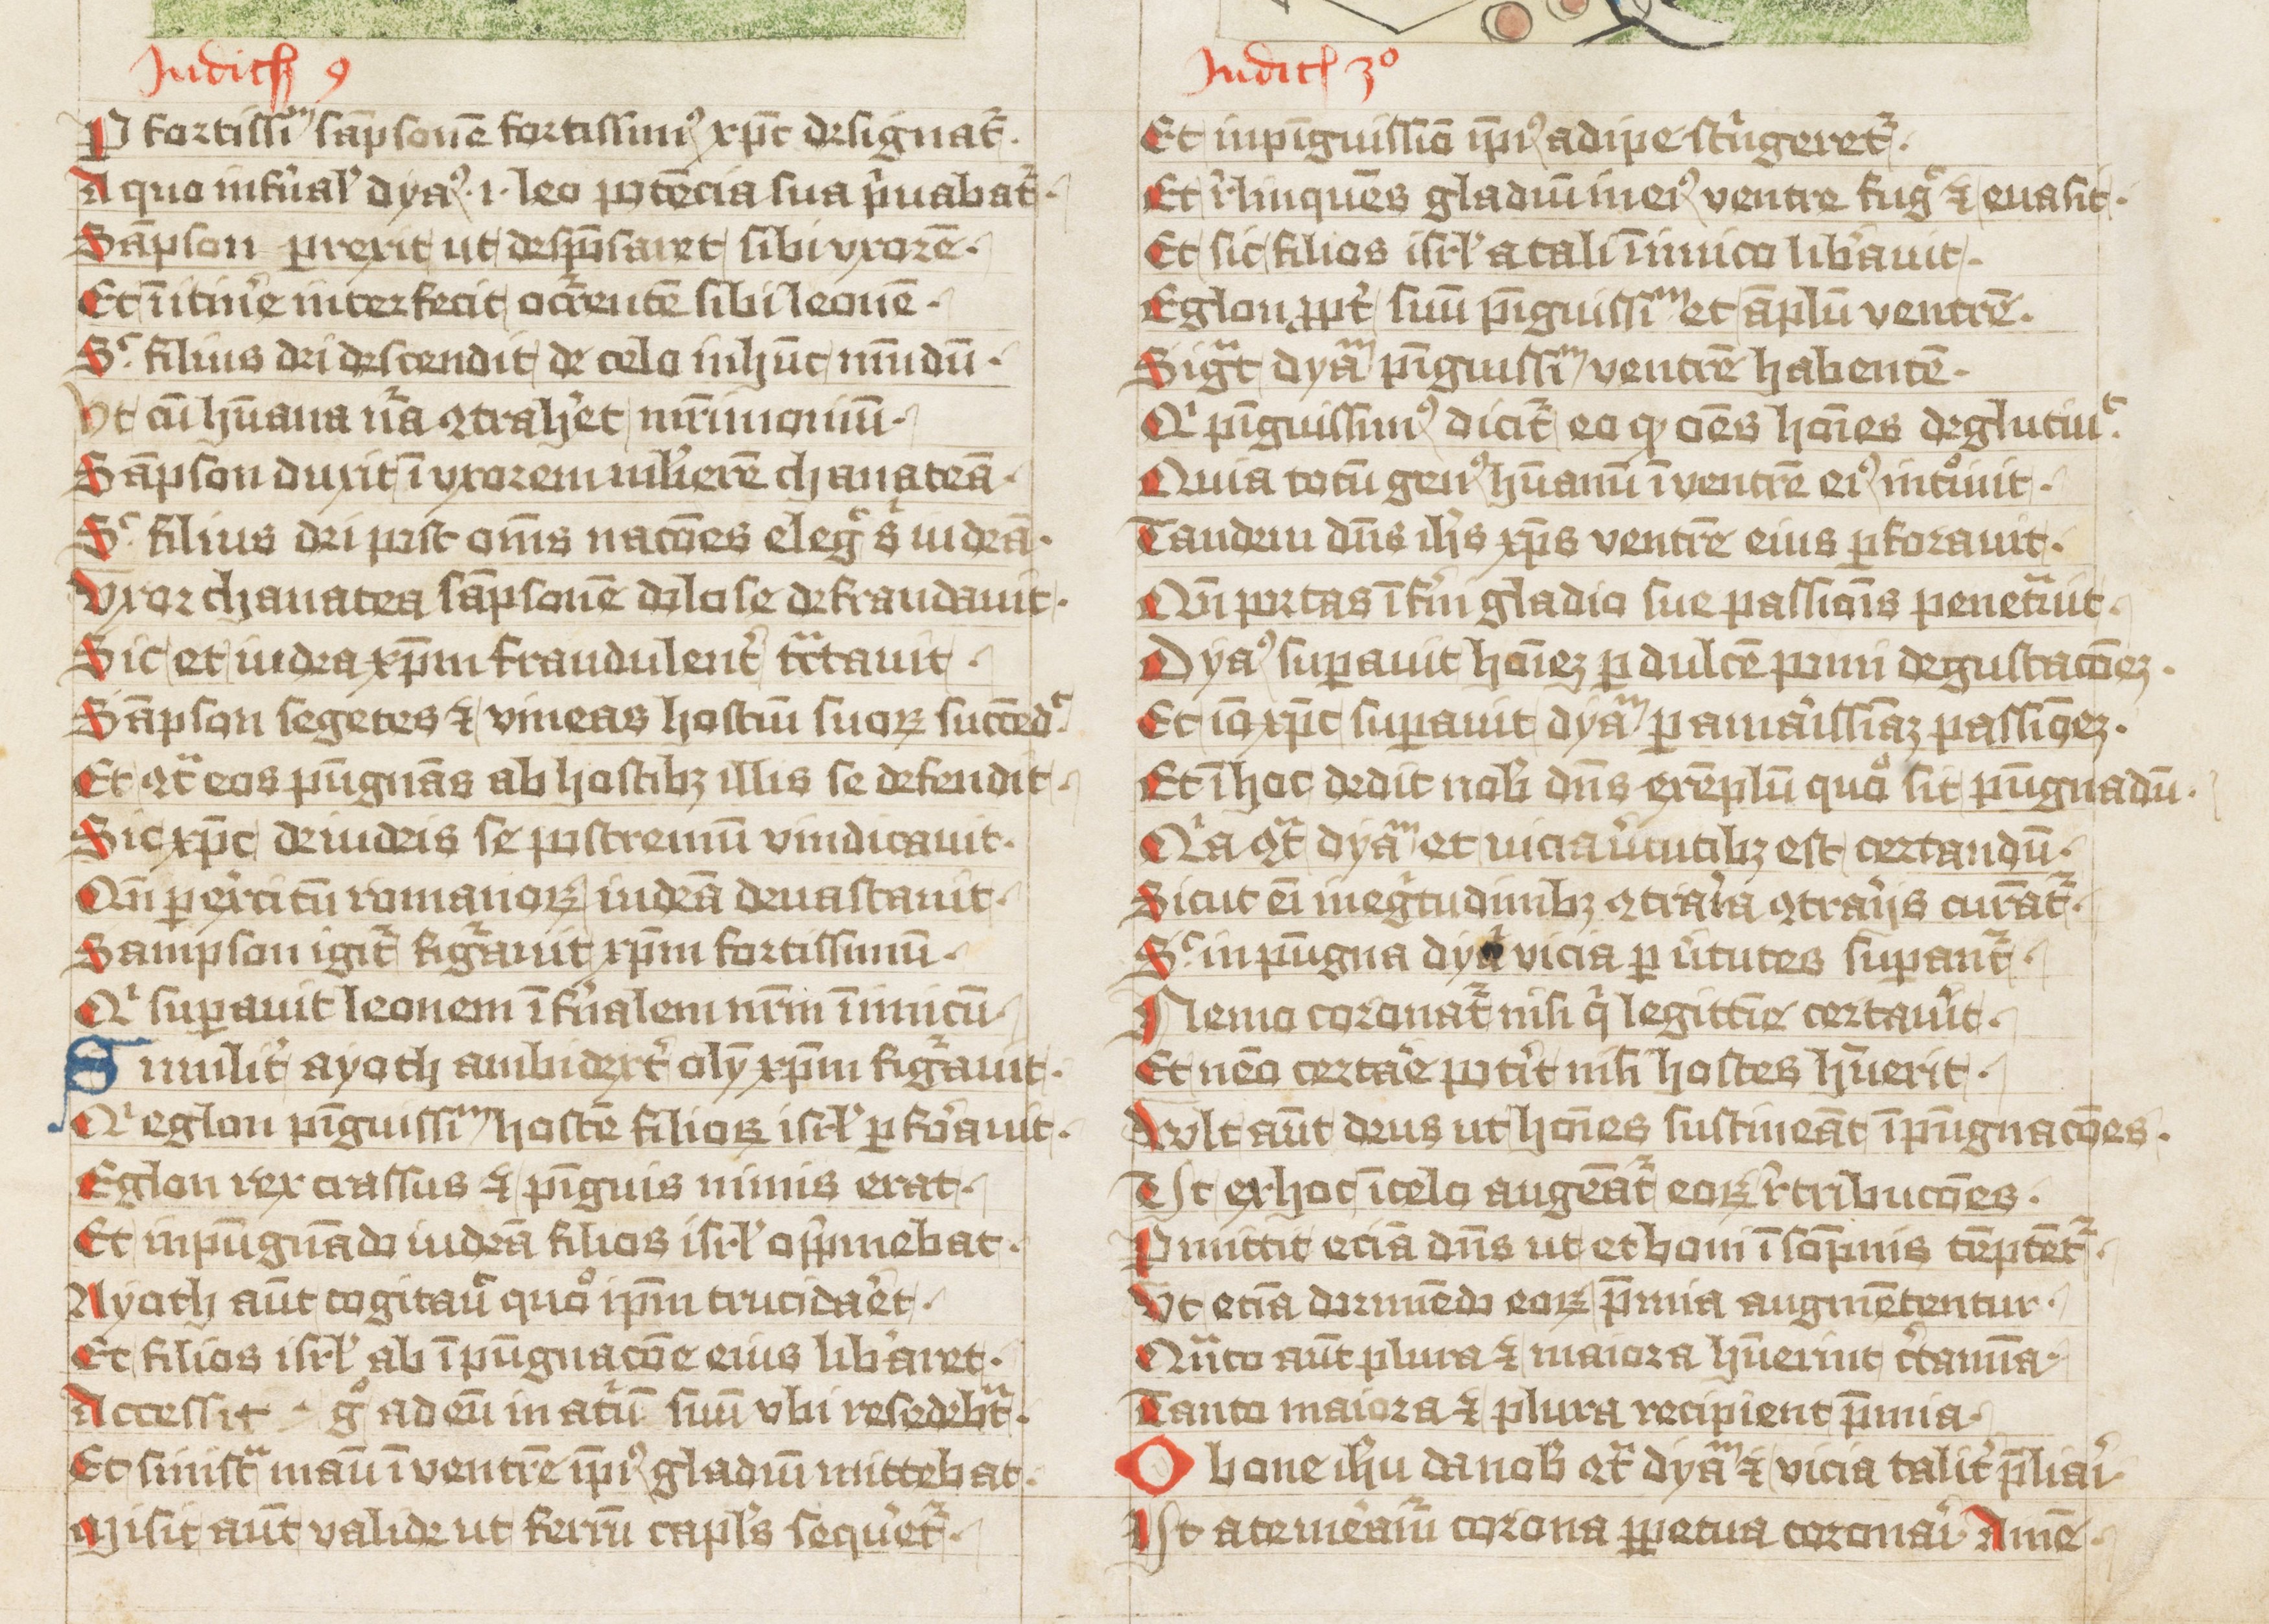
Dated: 1427–1427